Source: Computer-generated
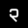
Digit: ၃ (3)